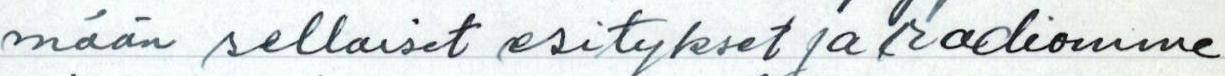
mään sellaiset esitykset ja radiomme